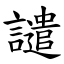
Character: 譴